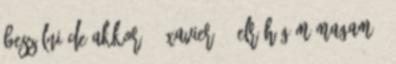
beszélni de akkor. - Xavier. - elröhögöm magam ő